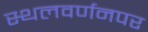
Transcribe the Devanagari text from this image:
स्थलवर्णनपर